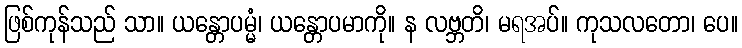
ဖြစ်ကုန်သည် သာ။ ယန္တောပမ္မံ၊ ယန္တောပမာကို။ န လဗ္ဘတိ၊ မရအပ်။ ကုသလတော၊ ပေ။